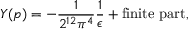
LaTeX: { \cal Y } ( p ) = - \frac { 1 } { 2 ^ { 1 2 } \pi ^ { 4 } } \frac { 1 } { \epsilon } + \mathrm { f i n i t e ~ p a r t } ,